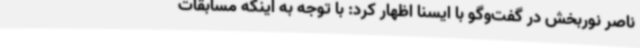
ناصر نوربخش در گفت‌وگو با ایسنا اظهار کرد: با توجه به اینکه مسابقات